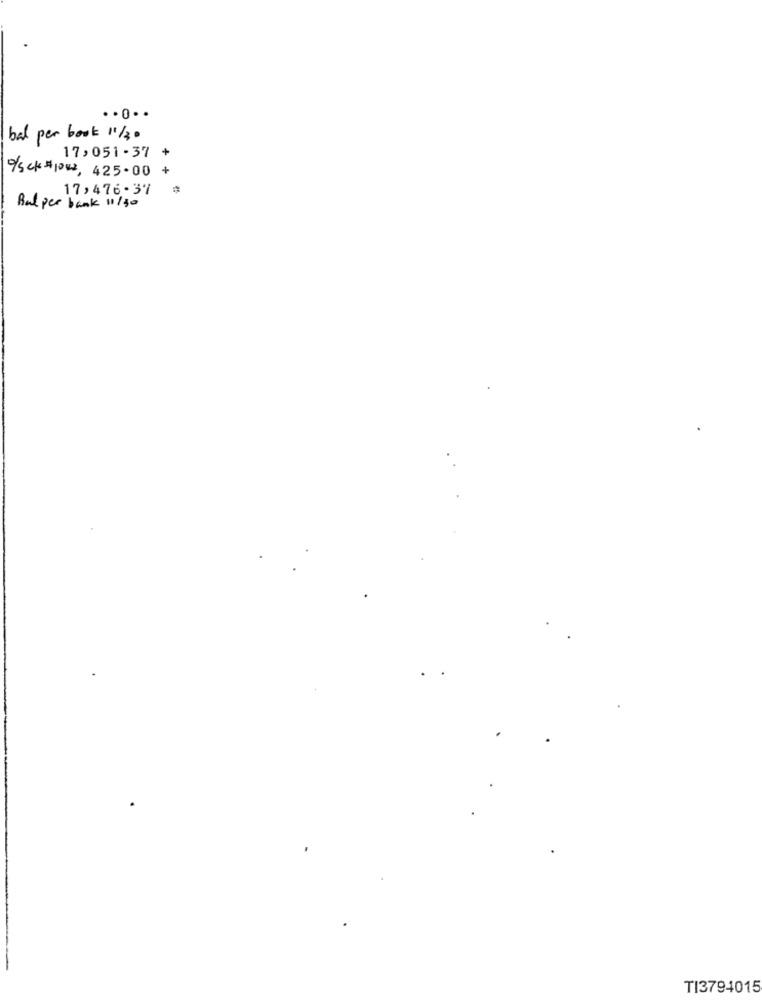
bal per book 11/20
17,051-37 +
/sck#100, 425.00 +
17,476-37
Bal per bank 11/30
TI3794015